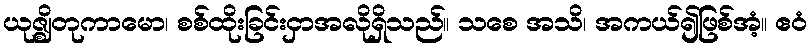
ယုဇ္ဈိတုကာမော၊ စစ်ထိုးခြင်းငှာအလိုရှိသည်။ သစေ အသိ၊ အကယ်၍ဖြစ်အံ့။ ဧဝံ